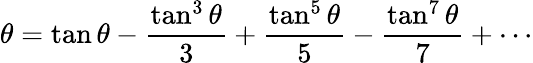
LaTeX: \theta=\tan\theta-{\frac{\tan^{3}\theta}{3}}+{\frac{\tan^{5}\theta}{5}}-{\frac{\tan^{7}\theta}{7}}+\cdots